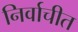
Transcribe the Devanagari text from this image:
निर्वाचीत